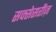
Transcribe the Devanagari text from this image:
सक्सेसरीज़